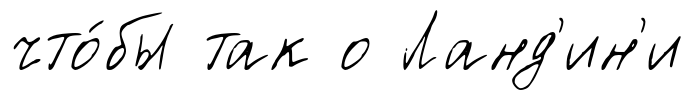
что́бы так о Ланд'ин'и